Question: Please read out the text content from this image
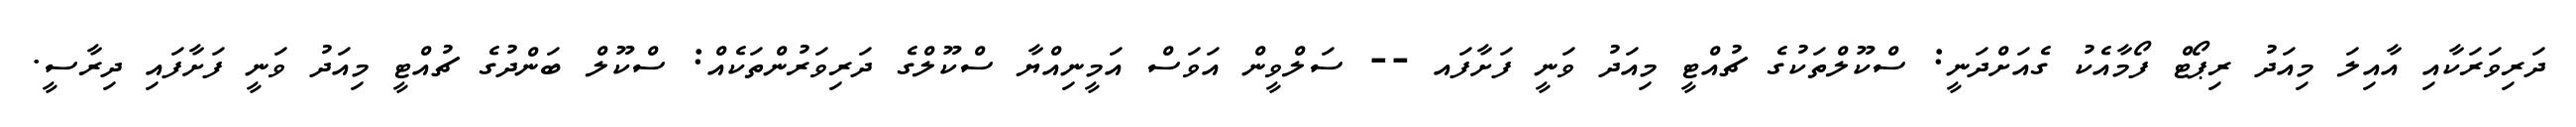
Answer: ދަރިވަރަކާއި އާއިލަ މިއަދު ރިޕޯޓް ފޯމާއެކު ގެއަށްދަނީ: ސްކޫލްތަކުގެ ޗުއްޓީ މިއަދު ވަނީ ފަށާފައ -- ސަލްވީން އަވަސް އަމީނިއްޔާ ސްކޫލްގެ ދަރިވަރުންތަކެއް: ސްކޫލް ބަންދުގެ ޗުއްޓީ މިއަދު ވަނީ ފަށާފައި ދިރާސީ.